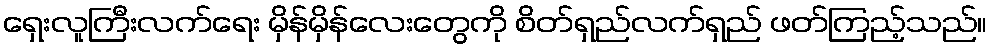
ရှေးလူကြီးလက်ရေး မှိန်မှိန်လေးတွေကို စိတ်ရှည်လက်ရှည် ဖတ်ကြည့်သည်။